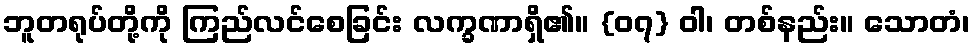
ဘူတရုပ်တို့ကို ကြည်လင်စေခြင်း လက္ခဏာရှိ၏။ {၀၇} ဝါ၊ တစ်နည်း။ သောတံ၊